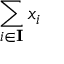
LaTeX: \sum _ { i \in \mathbf { I } } x _ { i }